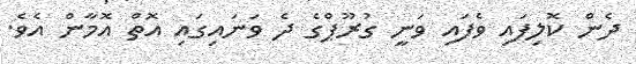
ދެން ކޮލިފައި ވެފައި ވަނީ ގުރޫޕްގެ ދެ ވަނައިގައި އޮތް އޮމާން އެވެ.